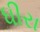
ધીરા